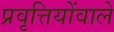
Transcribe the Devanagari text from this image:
प्रवृत्तियोंवाले